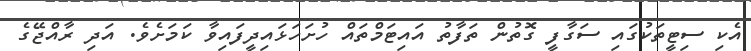
އެކި ސިޓީތަކުގައި ސަގާފީ ގޮތުން ތަފާތު އައިޓަމްތައް ހުށަހަޅައިދީފައިވާ ކަމަށެވެ. އަދި ރާއްޖޭގެ